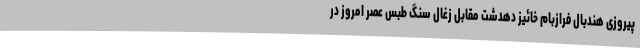
پیروزی هندبال فرازبام خائیز دهدشت مقابل زغال سنگ طبس عصر امروز در